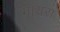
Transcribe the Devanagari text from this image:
गायरा